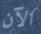
الآن